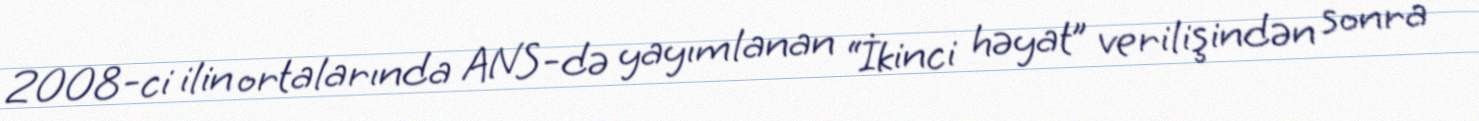
2008-ci ilin ortalarında ANS-də yayımlanan “İkinci həyat” verilişindən sonra